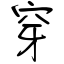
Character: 穿